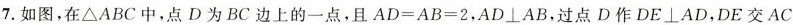
7. 如图，在 ΔABC 中，点 D 为 BC 边上的一点，且 $$A D = A B = 2$$，AD\bot AB，过点 D 作 DE \bot AD，DE 交 AC